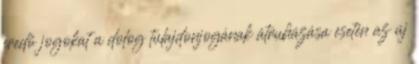
eredő jogokat a dolog tulajdonjogának átruházása esetén az új